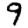
Digit: 9